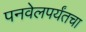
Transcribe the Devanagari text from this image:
पनवेलपर्यंतचा